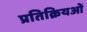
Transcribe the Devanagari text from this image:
प्रतिक्रियओं